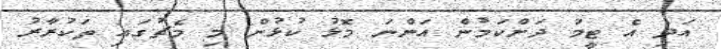
އަދި އެ ޓީމު ދަށްކަމުން އަންނަ މޮޅު ކުޅުން މި މެޗުގައި ތަކުރާރު